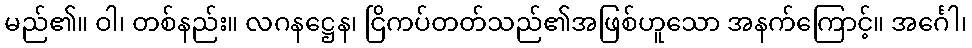
မည်၏။ ဝါ၊ တစ်နည်း။ လဂနဋ္ဌေန၊ ငြိကပ်တတ်သည်၏အဖြစ်ဟူသော အနက်ကြောင့်။ အင်္ဂေါ၊